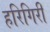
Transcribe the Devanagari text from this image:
हरिगिरी